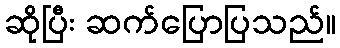
ဆိုပြီး ဆက်ပြောပြသည်။